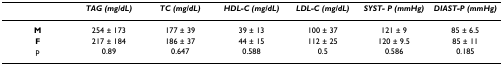
|  | TAG (mg/dL) | TC (mg/dL) | HDL-C (mg/dL) | LDL-C (mg/dL) | SYST- P (mmHg) | DIAST-P (mmHg) |
 | --- | --- | --- | --- | --- | --- | --- |
 | M | 254 ± 173 | 177 ± 39 | 39 ± 13 | 100 ± 37 | 121 ± 9 | 85 ± 6.5 |
 | F | 217 ± 184 | 186 ± 37 | 44 ± 15 | 112 ± 25 | 120 ± 9.5 | 85 ± 11 |
 | p | 0.89 | 0.647 | 0.588 | 0.5 | 0.586 | 0.185 |